Vital statistics of India. Vol. IV, Annual returns from 1871 to 1876. British Army of India, Native Army and jails of Bengal
Year: 1871
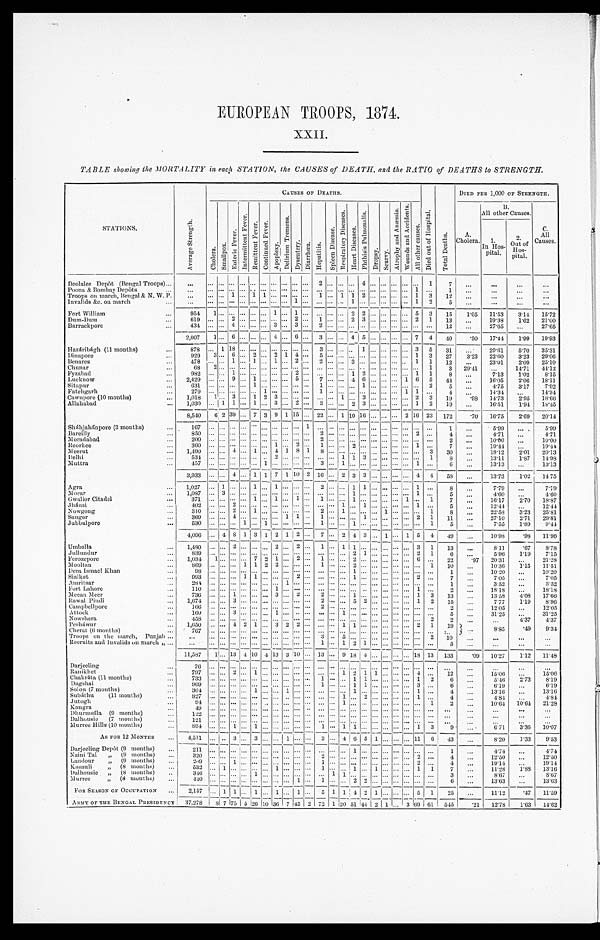
EUROPEAN TROOPS, 1874.
TABLE showing the MORTALITY in each STATION, the CAUSES of DEATH, and the RATIO of DEATHS to STRENGTH.
STATIONS.
A v e r a g e S t r e n g t h .
CAUSES OF DEATHS.
D i e d o u t o f H o s p i t a l .
T o t a l D e a t h s .
DIED PER 1,000 OF STRENGTH.
C h o l e r a .
S m a l l p o x .
E n t e r i c F e v e r .
I n t e r m i t t e n t F e v e r .
R e m i t t e n t F e v e r . C o n t i n u e d F e v e r .
A p o p l e x y .
D e l i r i u m T r e m e n s .
D y s e n t e r y . D i a r r h œ a . H e p a t i t i s .
S p l e e n D i s e a s e . R e s p i r a t o r y D i s e a s e s . H e a r t D i s e a s e s .
P h t h i s i s P u l m o n a l i s .
D r o p s y . S c u v r y .
A t r o p h y a n d A n æ m i a . W o u n d s a n d A c c i d e n t s .
A l l o t h e r C a u s e s .
A.
Cholera.
B.
All other Causes.
other
C
All
Causes.
1.
In Hos-
pital.
2 .
Out of
Hos-
pital.
Deolalee Depôt (Bengal Troops) . . .
. . .
. . . . . . . . . . . . . . . . . . . . . . . . . . . . . . 2 . . . . . . . . . 4 . . . . . . . . . . . . . . . 1
7
. . .
. . .
. . .
. . .
Poona & Bombay Depôts . . .
. . . . . . . . . . . . . . . . . . . . . . . . . . . . . . . . .
. . . . . . . . . . . . . . . . . . . . . . . . . . . 1
. . . 1
. . .
. . .
. . .
. . .
Troops on march, Bengal & N. W. P. . . .
. . . . . . 1 . . . 1 1 . . . . . . . . . . . .
1 . . . 1 1 2 . . . . . . . . . . . . 1
3
1 2
. . .
. . .
. . .
. . .
Invalids &c. on march . . . . . .
. . . . . . . . . . . . . . . . . . . . . . . . 1 . . .
. . . . . . . . . 1 . . . . . . . . . . . . . . . 1 2
5
. . .
. . .
. . .
. . .
Fort William . . .
954
1 . . . . . .
. . . . . . . . .
1 . . . 1 . . . . . . . . .
. . .
2
2 . . .
. . . . . . . . .
5
3
15
1.05 11.53
3.14 15.72
Dum-Dum . . .
619
. . . . . . 2 . . . . . . . . . . . . . . . 2 . . .
1 . . . . . . 2 3 . . . . . . . . . . . . 2
1
1 3
. . .
19.38 162 21.00
Barrackpore . . . 434
. . . . . . 4 . . . . . . . . . 3 . . . 3 . . .
2 . . . . . . . . . . . . . . . . . . . . . . . . . . . . . .
1 2
. . .
27.65
. . . 27. 65
2 , 0 0 7
1 . . . 6 . . . . . . . . . 4 . . . 6 . . .
3 . . . . . . 4 5 . . . . . . . . . . . . 7
4
4 0 .50 17.44
1.99 19. 93
Hazáribágh (11 months) . . . 8 7 8
. . . 1 1 8 . . . . . . . . . . . . . . . . . . . . .
3 . . . . . . . . . 1 . . . . . . . . . . . . 3
5
3 1
. . . 29.61
5.70 35. 31
Dinapore . . .
929
3 . . . 6 . . . 2 . . . 2 1 4 . . . 5 . . . . . . . . . . . . . . . . . . . . . . . . 1 3
27
3.23 22.60 3.23 29. 06
Benares . . . 478
. . . . . . 1 . . . 1 . . . 1 . . . 2 . . .
2 . . . . . . 3 . . . . . . . . . . . . . . . 1
1
1 2
. . .
23.01
2.09 25.10
Chunar . . . 68
2 . . . . . . . . . . . . . . . . . . . . . . . . . . .
. . . . . . . . . . . . . . . . . . . . . . . . . . . . . . 1 3 29.41
. . .
14.71 44. 12
Fyzabad . . . 982
. . . . . . 1 . . . . . . . . . . . . . . . . . . . . .
. . . . . . . . . 1 2 . . . . . . . . . . . . 1
1 8
. . . 7.13
1.02
8.15
Lucknow . . .
2,429
. . . . . . 9 . . . 1 . . . . . . . . . 2 . . .
7 . . . . . . 4 6 . . . . . . . . . 1 6
5
4 4
. . .
16.05
2.06 18. 11
Sitapur . . . 631
. . . . . . . . . . . . 1 . . . . . . . . . . . . . . .
1 . . . . . . . . . 1 . . . . . . . . . . . . . . . 2 5
. . . 4.75 3.17
7.92
Fatehgarh . . . 279
. . . . . . . . . . . . . . . 1 . . . . . . . . . . . .
1 . . . . . . . . . . . . . . . . . . . . . 1 1
. . . 4
. . . 14.34
. . . 14. 34
Cawnpore (10 months) . . . 1,018
1 . . . 3 . . . 1 2 3 . . . . . . . . . . . . . . . 1 . . . 3 . . . . . . . . . . . . 2 3
19
.98 14.73
295 18. 66
Allahabad . . . 1,030
. . . 1 1 . . . 1 . . . 3 . . . 2 . . . 3 . . . . . . 2 3 . . . . . . . . . . . . 1 2 19
. . . 16.51
1.94 18. 45
8,540
6 2 39 . . . 7 3 9
1 1 5 . . . 22 . . . 1 10 16 . . . . . . . . . 2 16 23 172
. 7 0 16.75
2.69 20.14
Sháhjahánpore (3 months) . . .
1 6 7 . . . . . . . . . . . . . . . . . . . . . . . . . . . 1
. . . . . . . . . . . . . . . . . . . . . . . . . . . . . . . . . 1
. . . 5.99
. . . 5.99
Bareilly . . .
8 5 0 . . . . . . . . . . . . . . . . . . . . . . . . . . . . . .
2 . . . . . . . . . . . . . . . . . . . . . . . . 2
. . . 4
. . . 4.71
. . . 4.71
Moradabad . . .
2 0 0 . . . . . . . . . . . . . . . . . . . . . . . . . . . . . .
2 . . . . . . . . . . . . . . . . . . . . . . . . . . . . . . 2
. . . 10.00
. . . 10.00
Roorkee . . .
3 6 0 . . . . . . . . . . . . . . . . . . 1 . . . 2 . . .
1 . . . . . . 2 . . . . . . . . . . . . . . . 1
. . .
7 . . .
19.44
. . . 19.44
Meerut . . .
1 , 4 9 0 . . . . . . 4 . . . 1 . . . 4 1 8 1
8 . . . . . . . . . . . . . . . . . . . . . . . . . . . 3
3 0
. . .
18.12
2.01 20.13
Delhi . . .
5 3 4 . . . . . . . . . . . . . . . . . . 2 . . . . . . . . .
. . . . . . 1 1 3 . . . . . . . . . . . . . . . 1
8 . . .
13.11
1.87 14.98
Muttra . . .
4 5 7 . . . . . . . . . . . . . . . 1 . . . . . . . . . . . .
3 . . . 1 . . . . . . . . . . . . . . . . . . 1
. . .
6
. . . 13.13
. . . 13.13
3,933
. . . . . . 4 . . . 1 1 7 1 10 2
1 6
. . .
2 3 3 . . . . . . . . . . . .
4
4 58
. . . 13.73
1.02 14 75
Agra . . . 1,027
. . . 1 . . . . . . 1 . . . 1
. . . . . . . . .
2 . . . . . . 1 1 . . . . . . . . . . . . 1
. . .
8 . . .
7.79
. . . 7.79
Morar . . .
1,087
. . . 3 . . . . . . . . . . . . . . . . . . . . . . . .
. . . . . . . . . 1 . . . . . . . . . . . . . . . 1
. . .
5
. . . 4.60
. . . 4.60
Gwalior Citadel . . . 371
. . . . . . . . . . . . 1 . . . 1
. . . 1 . . .
1 . . . . . . 1 . . . . . . . . . . . . 1 . . . 1
7 . . .
16.17
2.70 18.87
Jhánsi . . .
402
. . . . . . 2 . . . . . . . . . . . . . . . . . . . . .
. . . . . . 1 . . . 1 . . . . . . . . . . . . 1
. . .
5
. . . 12.44
. . . 12.44
Nowgong . . . 310
. . . . . . 2 . . . 1 . . . . . . . . . . . . . . .
2 . . . 1 . . . . . . . . . 1 . . . . . . . . . 1
8
. . . 22.58
3.23 25.81
Sauger
369
. . . . . . 4 . . . . . . . . . . . . 1 1 . . .
1 . . . . . . . . . 1 . . . . . . . . . . . . 2
1
1 1
. . .
27.10
2.71 29.81
Jubbulpore . . .530
. . . . . . . . . . . . . . . 1 . . . . . . . . . . . .
1 . . . . . . 1 . . . . . . . . . . . . . . . . . . 1
5 . . .
7.55
1.89
9.44
4,096 . . . 4 8 1 3 1 2 1 2 . . . 7 . . . 2 4 3 . . . 1 . . . 1 5 4
49 1
1 0 . 9 8
. 9 8 11.96
Umballa . . .
1,480
. . . . . . 2 . . . . . . . . .
2 . . . 2 . . . 1 . . . 1
1
. . . . . . . . . . . . . . . 3 1
13
. . . 8.11
. 6 7
8.78
Jullundur . . .
839
. . . . . . . . . . . . . . . . . . . . . . . . . . . . . .
. . . . . . . . . 2 1 . . . . . . . . . . . . 2
1
6 . . .
5.96
1.19
7.15
Ferozepore . . .
1,034
1 . . . . . . . . . 7 2
1 . . . 2 . . .
1 . . . . . . 2 . . . . . . . . . . . . . . . 6
. . .
2 2
.97 20.31
. . . 21.28
Mooltan . . . 869
. . . . . . . . . 1 1 2
2 . . . . . . . . .
1 . . . . . . 2 . . . . . . . . . . . . . . . . . . 1
1 0
. . . 10.36
1.15 11.51
Dera Ismael Khan . . . 98
. . . . . . . . . . . . . . . . . . . . . . . . . . . . . .
. . . . . . . . . 1 . . . . . . . . . . . . . . . . . . . . .
1
. . . 10.20
. . . 10.20
Sialkot . . . 993
. . . . . . . . . 1 1 . . . . . . . . . 2 . . .
. . . . . . . . . 1 . . . . . . . . . . . . . . . 2
. . .
7 . . .
7.05
. . . 7.05
Amritsar . . .
284
. . . . . . . . . . . . . . . . . . . . . 1 . . . . . .
. . . . . . . . . . . . . . . . . . . . . . . . . . . . . . . . .
1
. . . 3.52
. . .
3 . 5 2
Fort Lahore . . . 110
. . . . . . . . . . . . . . . . . . 1 . . . . . . . . .
. . . . . . . . . . . . . . . . . . . . . . . . . . . 1
. . .
2 . . .
18.18
. . .
1 8 . 1 8
Meean Meer . . . 736
. . . . . . 1 . . . . . . . . . 3 . . . 2 . . .
2 . . . . . . 1 . . . . . . . . . . . . . . . 1
3
1 3
. . .
13.58
4.08 17.66
Rawal Pindi . . .
1,674
. . . . . . 3 . . . . . . . . . . . . . . . . . . . . .
2 . . . . . . 5 2 . . . . . . . . . . . . 1
2
1 5
. . .
7.77
1.19
8.96
Campbellpore . . . 166
. . . . . . . . . . . . . . . . . . . . . . . . . . . . . .
2 . . . . . . . . . . . . . . . . . . . . . . . . . . . . . .
2 . . .
12.05
. . . 12.05
Attock . . . 160
. . . . . . 3 . . . . . . . . . 1 . . . . . . . . .
. . . . . . 1 . . . . . . . . . . . . . . . . . . . . . . . .
5
. . . 31.25
. . .31.25
Nowshera . . . 458
. . . . . . . . . . . . . . . . . . . . . . . . . . . . . .
. . . . . . . . . . . . . . . . . . . . . . . . . . . . . . 2
2 . . .
. . .
4.37
4.37
P e s h á w u r . . .
1,650
. . . . . . 4 2 1 . . . 3 2 2 . . .
. . . . . . 1 1 . . . . . . . . . . . . . . . 2 1
19
. . .
8 . 8 5
. 4 9
9 . 3 4
Cherat (6 months) . . . 767
. . . . . . . . . . . . . . . . . . . . . . . . . . . . . .
. . . . . . . . . . . . . . . . . . . . . . . . . . . . . . . . .
. . .
Troops on the march, Punjab . . .
. . . . . . . . . . . . . . . . . . . . . . . . . . . . . . . . .
3 . . . 5 . . . . . . . . . . . . . . . . . . . . . 2
1 0 . . .
. . .
. . .
. . .
Recruits and Invalids on march " . . . . . .
. . . . . . . . . . . . . . . . . . . . . . . . . . . . . .
1 . . . 1 2 1 . . . . . . . . . . . . . . . . . .
5
. . .
. . .
. . .
. . .
11,587
1
. . .
13 4 10 4 13 3
1 0 . . . 13 . . . 9 18 4 . . . . . . . . . . . . 18 13 133
. 0 9 10.27
1.12 11.48
Darjeeling . . .
7 6 . . . . . . . . . . . . . . . . . . . . . . . . . . . . . .
. . . . . . . . . . . . . . . . . .
. . . . . . . . . . . . . . .
. . .
. . .
. . .
. . .
. . .
Ranikhet . . .
7 9 7 . . . . . . 2 . . . 1 . . . . . . . . . . . . . . .
. . . . . . 1 2 1 1 . . . . . . . . . 4
. . .
1 2
. . .
15.06
. . . 15.06
C h a k r á t a ( 1 1 m o n t h s ) . . .
7 3 3 . . . . . . . . . . . . . . . . . . . . . . . . . . . . . .
1 . . . . . . 1 1 . . . . . . . . . . . . 1
2
6
. . . 5.46
2.73
8.19
D a g s h a i . . .
9 6 9 . . . . . . . . . . . . . . . . . . . . . . . . . . . . . .
1 . . . . . . 1 1 . . . . . . . . . . . . 3
. . .
6 . . .
6.19
. . . 6.19
Solon (7 months) . . .
3 0 4 . . . . . . . . . . . . 1 . . . . . . 1 . . . . . .
. . . . . . . . . 1 . . . . . . . . . . . . . . . 1
. . .
4 . . .
13.16
. . .13.16
Subáithu (11 months) . . .
8 2 7 . . . . . . . . . . . . . . . . . . . . . . . . . . . . . .
. . . . . . 1 . . . 2 . . . . . . . . . . . . 1
. . .
4 . . .
4 . 8 4
. . . 4.84
J u t o g h . . .
9 4 . . . . . . . . . . . . . . . . . . . . . . . . . . . . . .
. . . . . . 1 . . . . . . . . . . . . . . . . . . . . . 1
2 . . .
10.64 10.64 21.28
K a n g r a . . .
4 9 . . . . . . . . . . . . . . . . . . . . . . . . . . . . . .
. . . . . . . . . . . . . . . . . . . . . . . . . . . . . . . . .
. . .
. . .
. . .
. . .
. . .
Dhurmsála (9 months) . . .
1 2 2 . . . . . . . . . . . . . . . . . . . . . . . . . . . . . .
. . . . . . . . . . . . . . . . . . . . . . . . . . . . . . . . .
. . .
. . .
. . .
. . .
. . .
Dalhousie (7 months) . . .
1 2 1 . . . . . . . . . . . . . . . . . . . . . . . . . . . . . .
. . . . . . . . . . . . . . . . . . . . . . . . . . . . . . . . .
. . .
. . .
. . .
. . .
. . .
Murree Hills (10 months) . . .
8 9 4 . . . . . . 1 . . . 1 . . . . . . . . . . . . . . . 1
. . . 1 1 . . . . . . . . . . . . . . .
1
3
9 . . .
6.71
3.36 10.07
AS FOR 12 MONTHS . . .
4,511
. . . . . . 3 . . . 3 . . . . . . 1 . . . . . . 3 . . . 4 6 5 1 . . .
. . .
. . . 1 1 6 43
. . .
8.20
1.33
9.53
Darjeeling Depôt (9 months) . . .
2 1 1 . . . . . . . . . . . . . . . . . . . . . . . . . . . . . .
. . . . . . . . . 1 . . . . . . . . . . . .
. . . . . . . . .
1
. . . 4.74
. . .
4 . 7 4
N a i n i T a l " ( 9 m o n t h s ) . . .
3 2 0 . . . . . . . . . . . . . . . . . . . . . . . . . . . . . .
2 . . . . . . . . . . . . . . . . . . . . .
. . . 2 . . .
4 . . .
12.50
. . . 12.50
Landour " (9 months) . . .
2 0 9 . . . . . . 1 . . . . . . . . . . . . . . . . . . . . .
1 . . . . . . . . . . . . . . . . . . . . .
. . . 2 . . .
4 . . .
19.14
. . . 19.14
Kasauli " (8 months) . . .
5 3 2 . . . 1 . . . . . . . . . . . . 1 . . . . . . . . .
1 . . . . . . 1 . . . 1 . . . . . .
. . . 1 1
7 . . .
11.28
1.88 13.16
Dalhousie " (8 months) . . .
3 4 6 . . . . . . . . . . . . 1 . . . . . . . . . . . . . . .
. . . 1 1 . . . . . . . . . . . . . . . . . . . . . . . .
3 . . .
8.67
. . . 8.67
Murree " (8 months). . .
4 4 0 . . . . . . . . . . . . . . . . . . . . . . . . 1 . . .
1 . . . . . . 2 2 . . . . . . . . . . . . . . . . . .
6
. . .
13.63
. . .13.63
FOR SEASON OF OCCUPATION . . .
2,157 . . . 1 1 . . . 1
. . . 1 . . . 1 . . .
5 1 1 4 2 1 . . . . . . . . . 5 1
25
. . .
11.12
.47 11.59
ARMY OF THE BENGAL PRESIDENC Y 37,278 8
7 75 5 26 10 36 7 45 2 72 1 20 51 44
2
1
. . . 3 69
6 1 545
.21 12.78
1.63 14.62